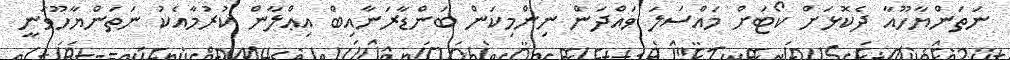
ނަތަންޔާހޫއާ ދެކޮޅަށް ކޯޓަށް މައްސަލަ ވައްދަން ނިންމިކަން ބަންޑާރަނާއިބް އިޢްލާން ކުރުމާއެކު ނަތަންޔާހޫވަނީ